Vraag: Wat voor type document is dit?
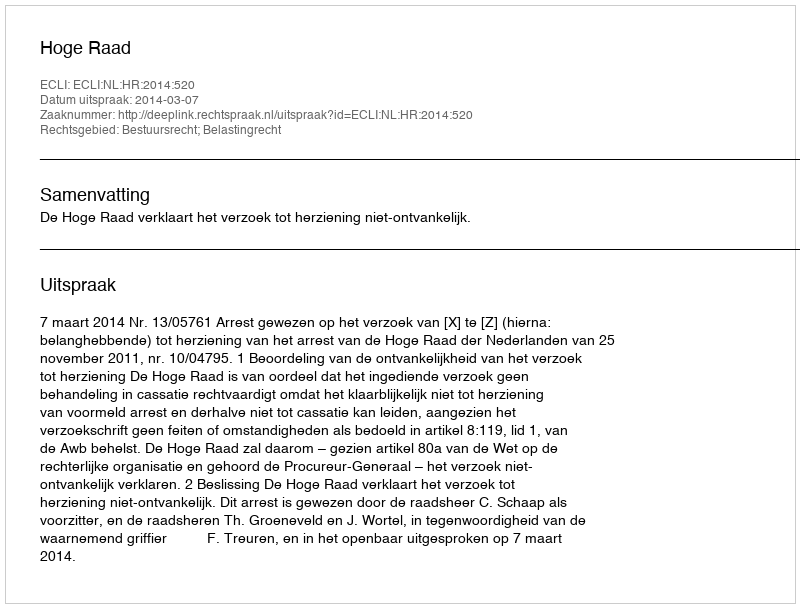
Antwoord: Uitspraak